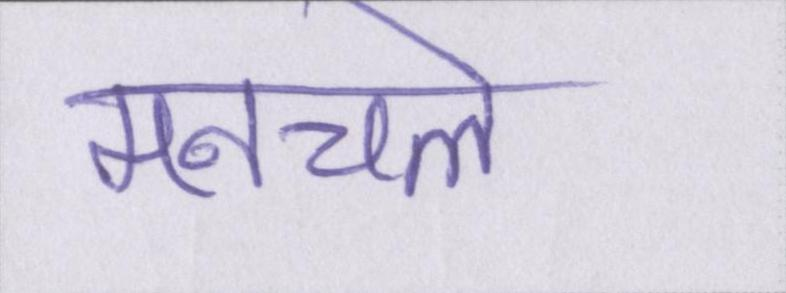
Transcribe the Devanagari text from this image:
मनचले